Senior Leaving Certificate Examination (including Day School Certificate (Higher) General paper), 1947
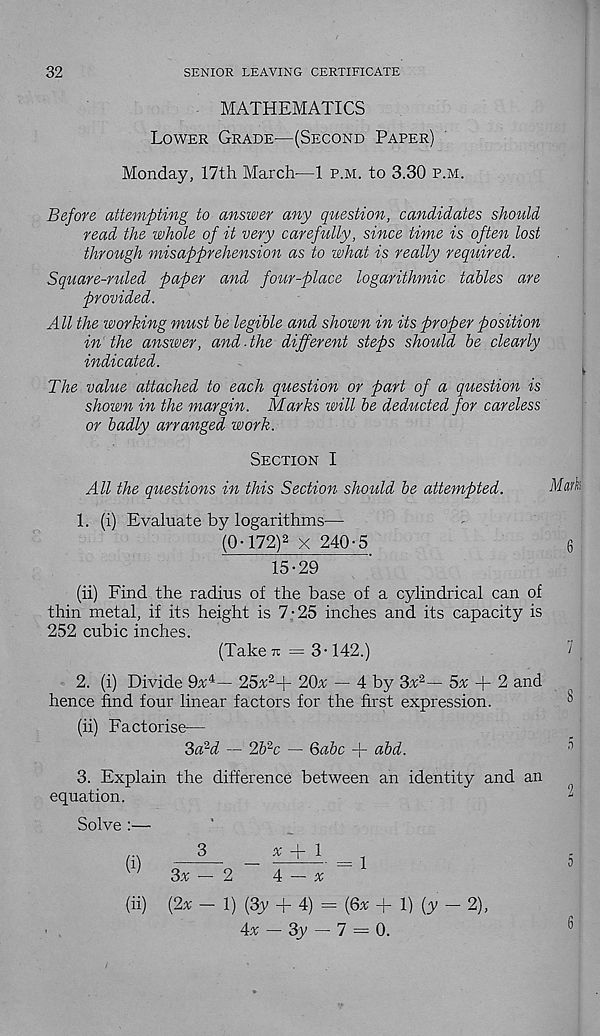
32
SENIOR LEAVING CERTIFICATE
MATHEMATICS
Lower Grade—(Second Paper)
Monday, 17th March—1 p.m. to 3.30 p.m.
Before attempting to answer any question, candidates should
read the whole of it very carefully, since time is often lost
through misapprehension as to what is really required.
Square-ruled paper and four-place logarithmic tables are
provided.
All the working must be legible and shown in its proper position
in the answer, and-the different steps should be clearly
indicated.
The value attached to each question or part of a question is
shown in the margin. Marks will be deducted for careless
or badly arranged work.
Section I
All the questions in this Section should be attempted.
Mark
1. (i) Evaluate by logarithms—
(0-172) 2 x 240-5
6
15-29
(ii) Find the radius of the base of a cylindrical can of
thin metal, if its height is 7-25 inches and its capacity is
252 cubic inches.
(Take tu = 3-142.)
‘ j
2. (i) Divide 9a 4 — 25a 2 + 20a — 4 by 3a 2 — 5a + 2 and
hence find four linear factors for the first expression.
(ii) Factorise—
3a 2 d — 2& 2 c — 6abc + abd.
^
3. Explain the difference between an identity and an
equation.
^
Solve :—
(i)
3
a + 1
3a — 2
4 — a
(ii) (2a — 1) (3y + 4) = (6a + 1) (y - 2),
4a — 3y — 7 = 0.
o